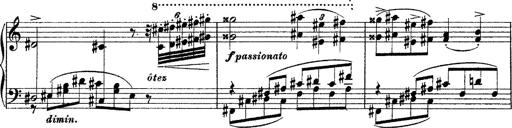
Title: Grande fantasie di bravura sur La clochette
Composer: Franz Liszt
Key: A minor